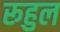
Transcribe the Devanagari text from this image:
रूहुल